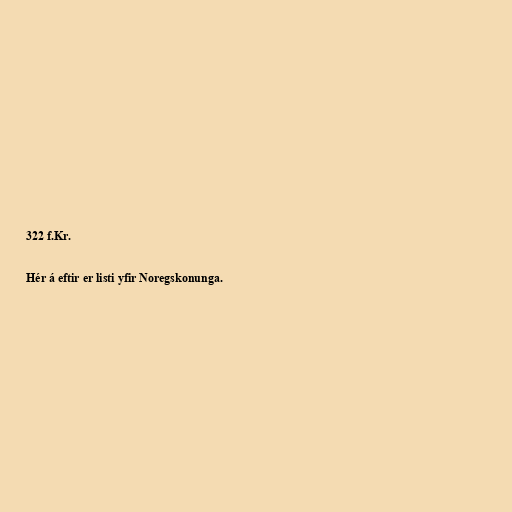
322 f.Kr.

Hér á eftir er listi yfir Noregskonunga.